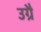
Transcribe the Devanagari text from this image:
उग्रै